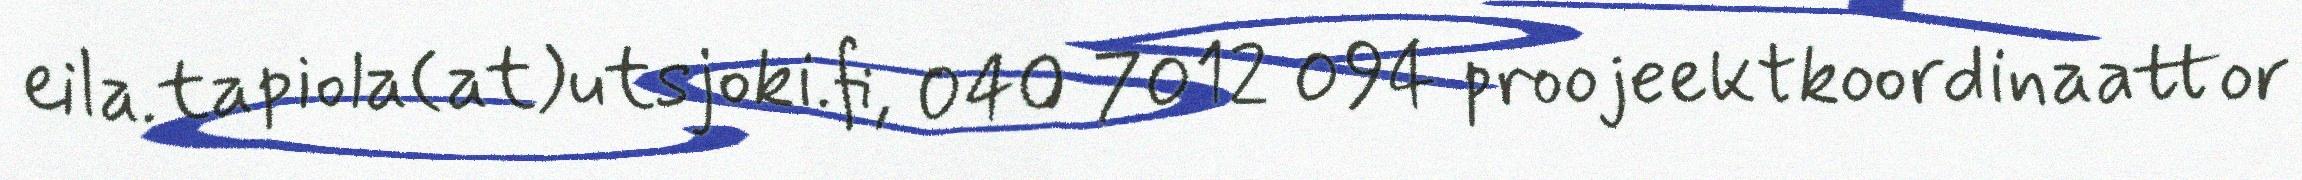
eila.tapiola(at)utsjoki.fi, 040 7012 094 proojeektkoordinaattor